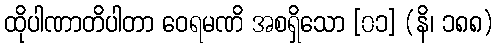
ထိုပါဏာတိပါတာ ဝေရမဏိ အစရှိသော [၀၁] (နိ၊ ၁၈၈)